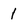
Character: 1